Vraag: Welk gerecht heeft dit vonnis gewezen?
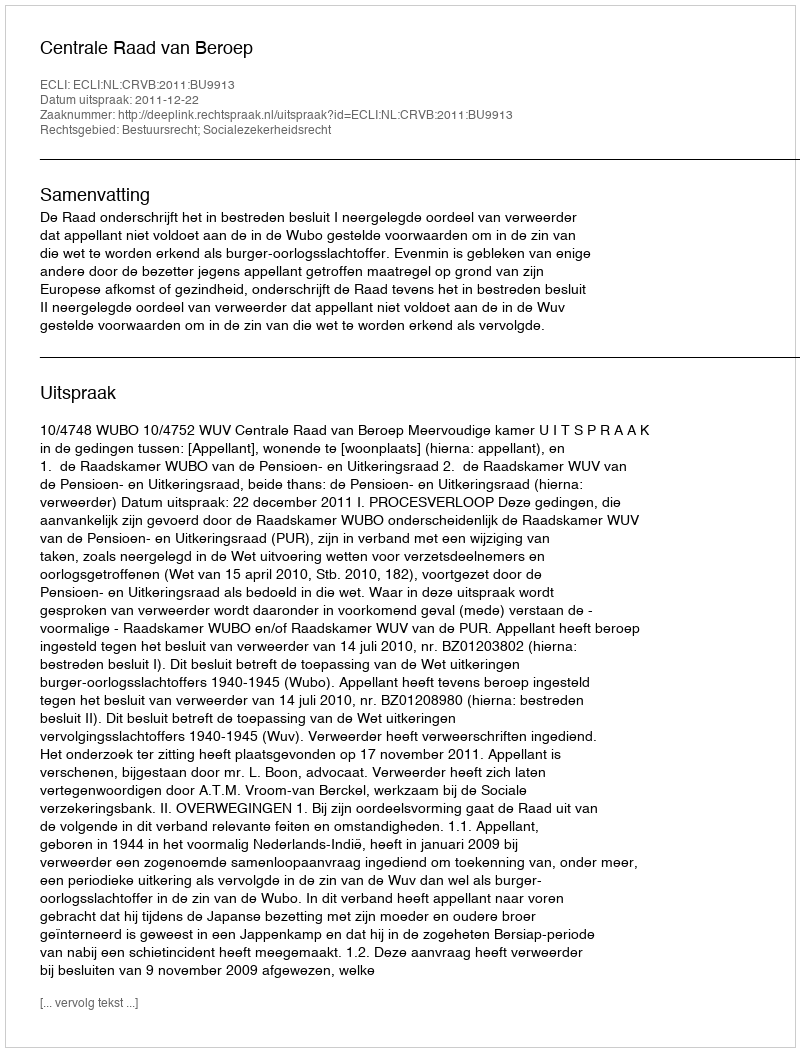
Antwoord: Centrale Raad van Beroep